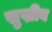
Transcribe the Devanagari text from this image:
सुख्रीब